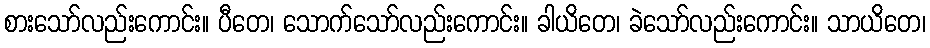
စားသော်လည်းကောင်း။ ပီတေ၊ သောက်သော်လည်းကောင်း။ ခါယိတေ၊ ခဲသော်လည်းကောင်း။ သာယိတေ၊